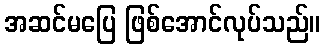
အဆင်မပြေ ဖြစ်အောင်လုပ်သည်။